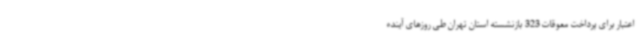
اعتبار برای پرداخت معوقات 323 بازنشسته استان تهران طی روزهای آینده